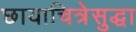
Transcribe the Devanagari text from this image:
छायाचित्रेसुद्धा